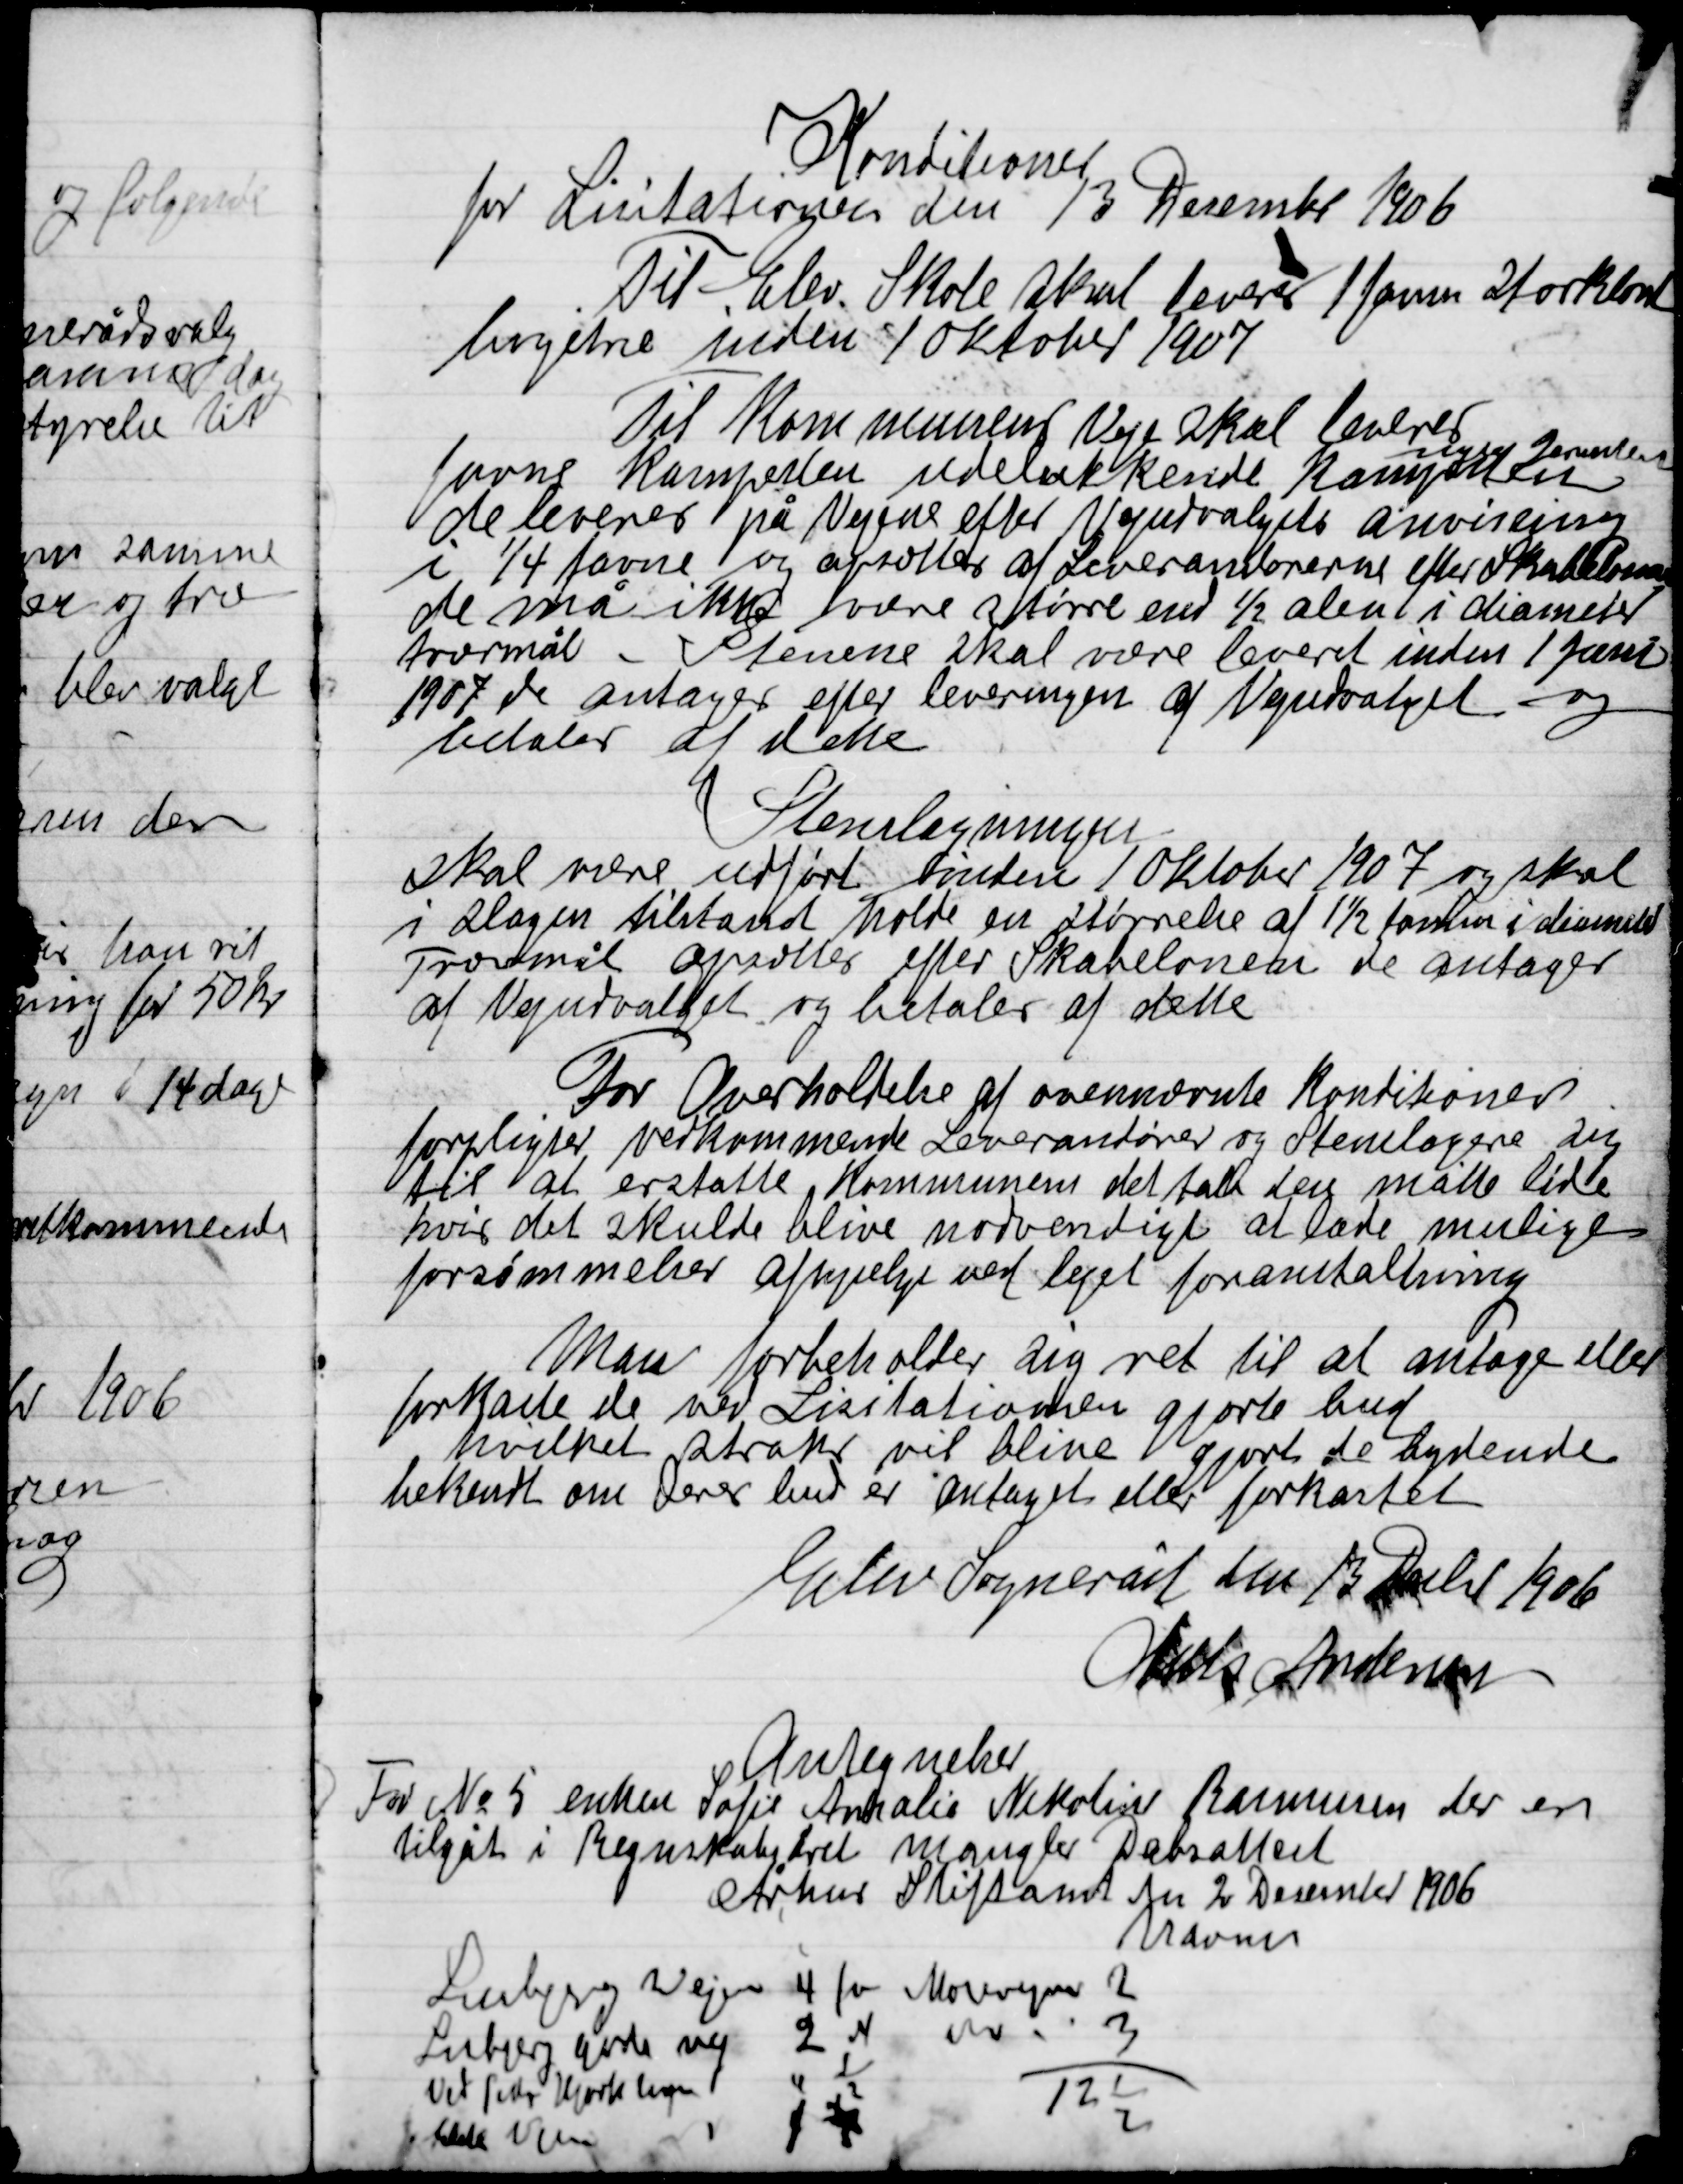
Transskription:
Konditioner
for Licitationen den 13 December 1906

Til Elev Skole skal leveres 1 favn storkløvet
bøgetræ inden 10 Oktober 1907

Til Kommunens Veje skal leveres
favne kampesten udelukkende kampesten

de leveres på Vejene efter Vedudvalgets anvisning
I ¼ favne og afrettes af Leverandørerne efter Skabelon
de må ikke være større end ½ alen i diameter
tværmål – Stenene skal være leveret inden 1 Januar
1907 de antages efter leveringen af Vejudvalget
betales af dette

Stenslagning
Skal være udført inden 10 Oktober 1907 og skal
I slagen tilstand holde en størrelse af 1 ½ tommer i diameter
Tværmål opretter efter Skabelonen de antages
af Vejudvalget og betales af dette

For Overholdelse af ovennævnte konditioner
forpligter vedkommende Leverandører og stenslagere sig
til at erstatte Kommunen det tab den måtte lide
hvis det skulde blive nødvendigt at lade mulige
forsømmelser afhjælpe ved lejet foranstaltning

Man forbeholder sig ret til at antage eller
forkaste de ved Licitationen gjorte bud
hvilket straks vil blive gjort de bydende
bekendt om Deres bud er antaget eller forkastet

Elev Sogneråd den 13 Decbr. 1906
Niels Andersen

Antegnelser
For No. 2 enken Sofie Amalie Nikoline Rasmussen der en
tilgået i Regnskabedret mangler Dåbsattest
Århus Stiftsamt den 2 December 1906
Navnes
Lisbjerg Vejen 			4 fv.
Lisbjerg gård vej 			2 fv.
Ved Peder Hjortshøj 	4 ½
Jette Vejen 					1 ½
Mosevejen					2
		do							3
121
2